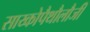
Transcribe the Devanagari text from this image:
साय्कोपैथौलौजी